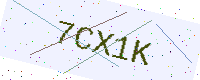
Text: 7CX1K